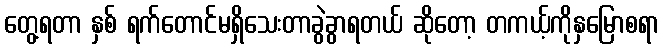
တွေ့ရတာ နှစ် ရက်တောင်မရှိသေးတာခွဲခွာရတယ် ဆိုတော့ တကယ့်ကိုနှမြောစရာ